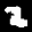
Label: 2